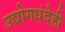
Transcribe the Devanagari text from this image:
उद्योगधंदेही